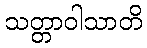
သတ္တာဝါသာတိ